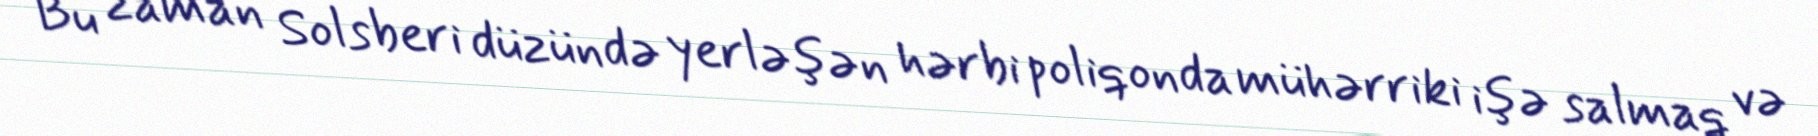
Bu zaman Solsberi düzündə yerləşən hərbi poliqonda mühərriki işə salmaq və